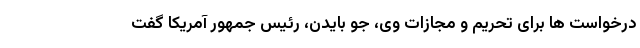
درخواست ها برای تحریم و مجازات وی، جو بایدن، رئیس جمهور آمریکا گفت